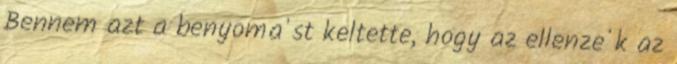
Bennem azt a benyoma'st keltette, hogy az ellenze'k az